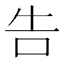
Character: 告